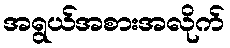
အရွယ်အစားအလိုက်